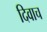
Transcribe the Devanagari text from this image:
दिवाच